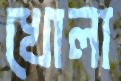
খোলা